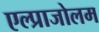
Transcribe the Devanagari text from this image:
एल्प्राजोलम